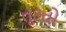
તૂટતો